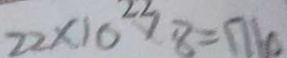
2 2 \times 1 0 \times 8 = 1 7 1 0